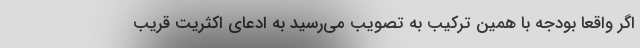
اگر واقعا بودجه با همین ترکیب به تصویب می‌رسید به ادعای اکثریت قریب